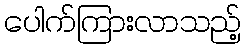
ပေါက်ကြားလာသည့်